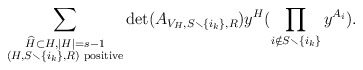
\begin{align*}\sum_{\substack{\widehat{H} \subset H, |H| = s - 1 \\ (H,S \smallsetminus \{ i_k \}, {R}) \textrm{ positive}}}\det(A_{ V_H, S \smallsetminus \{ i_k \}, {R}}) y^H (\prod_{i \notin S \smallsetminus \{ i_k \}} y^{A_i}) .\end{align*}